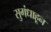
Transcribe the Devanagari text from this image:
सुगंधाहून